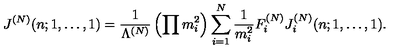
J ^ { ( N ) } ( n ; 1 , \ldots , 1 ) = \frac { 1 } { \Lambda ^ { ( N ) } } \left( \prod m _ { i } ^ { 2 } \right) \sum _ { i = 1 } ^ { N } \frac { 1 } { m _ { i } ^ { 2 } } F _ { i } ^ { ( N ) } J _ { i } ^ { ( N ) } ( n ; 1 , \ldots , 1 ) .